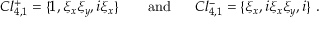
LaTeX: C l _ { 4 , 1 } ^ { + } = \{ 1 , \xi _ { x } \xi _ { y } , i \xi _ { x } \} ~ ~ ~ ~ ~ ~ \mathrm { a n d } ~ ~ ~ ~ ~ C l _ { 4 , 1 } ^ { - } = \{ \xi _ { x } , i \xi _ { x } \xi _ { y } , i \} ~ .